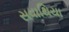
સવાથિયા